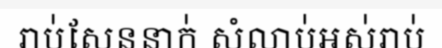
រាប់់សែននាក់់ សំលាប់់អស់់រាប់់